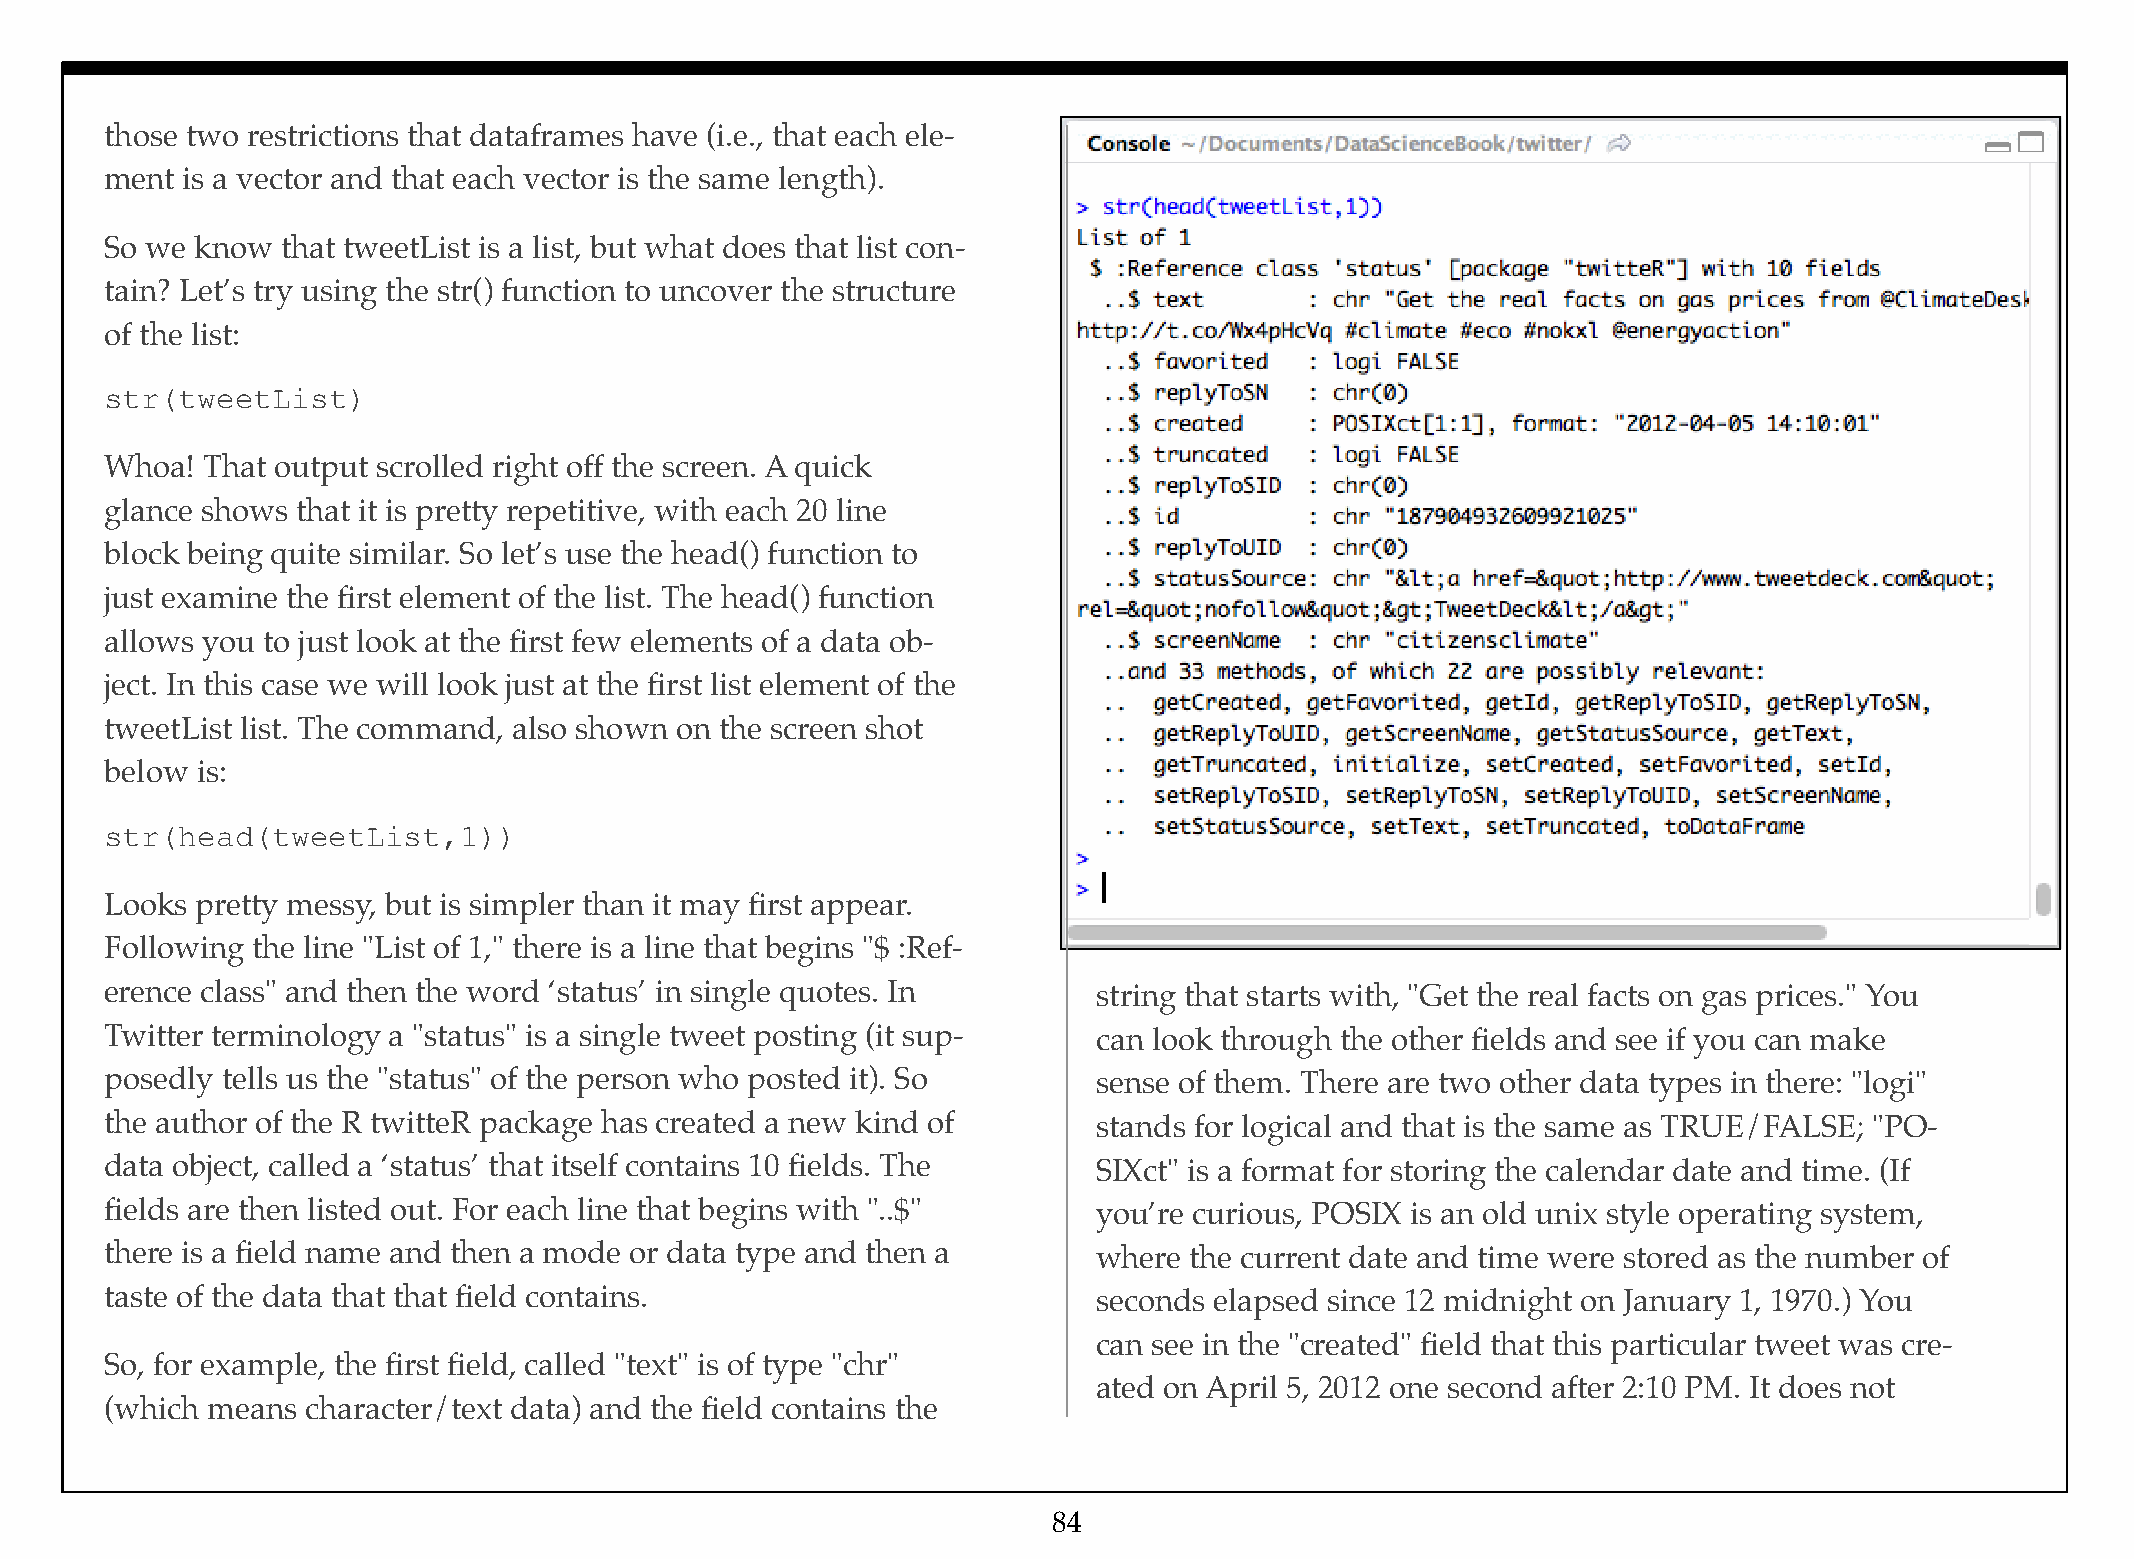
those two restrictions that dataframes have (i.e., that each ele-
 ment is a vector and that each vector is the same length).
 So we know  that tweetList is a list, but what does that list con-
 tain? Let’s try using the str() function to uncover the structure
 of the list:
 str(tweetList)
 Whoa! That output scrolled right off the screen. A quick
 glance shows that it is pretty repetitive, with each 20 line
 block being quite similar. So let’s use the head() function to
 just examine the first element of the list. The head() function
 allows you to just look at the first few elements of a data ob-
 ject. In this case we will look just at the first list element of the
 tweetList list. The command, also shown on the screen shot
 below is:
 str(head(tweetList,1))
 Looks pretty messy, but is simpler than it may first appear.
 Following the line "List of 1," there is a line that begins "$ :Ref-
 erence class" and then the word ‘status’ in single quotes. In     string that starts with, "Get the real facts on gas prices." You
 Twitter terminology a "status" is a single tweet posting (it sup- can look through the other fields and see if you can make
 posedly tells us the "status" of the person who posted it). So    sense of them. There are two other data types in there: "logi"
 the author of the R twitteR package has created a new kind of     stands for logical and that is the same as TRUE/FALSE; "PO-
 data object, called a ‘status’ that itself contains 10 fields. The SIXct" is a format for storing the calendar date and time. (If
 fields are then listed out. For each line that begins with "..$"  you’re curious, POSIX is an old unix style operating system,
 there is a field name and then a mode or data type and then a     where the current date and time were stored as the number of
 taste of the data that that field contains.                       seconds elapsed since 12 midnight on January 1, 1970.) You
 can see in the "created" field that this particular tweet was cre-
 So, for example, the first field, called "text" is of type "chr"
 ated on April 5, 2012 one second after 2:10 PM. It does not
 (which means character/text data) and the field contains the
 84